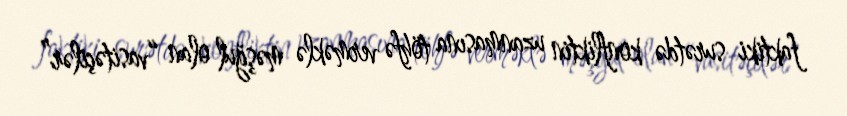
faktiki surətdə konfliktin uzanmasına töhfə verməklə məşğul olan “vasitəçilər”